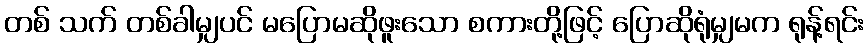
တစ် သက် တစ်ခါမျှပင် မပြောမဆိုဖူးသော စကားတို့ဖြင့် ပြောဆိုရုံမျှမက ရုန့်ရင်း